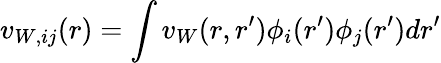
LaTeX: v_{W,ij}(r)=\int v_{W}(r,r^{\prime})\phi_{i}(r^{\prime})\phi_{j}(r^{\prime})dr^{\prime}